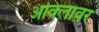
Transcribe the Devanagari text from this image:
अविलावर